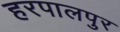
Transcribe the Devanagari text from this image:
हरपालपुर